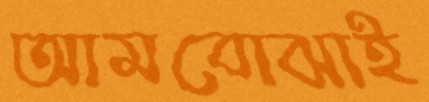
আমবোঝাই